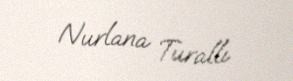
Nurlana Turallı